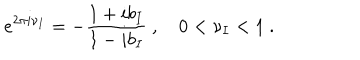
e ^ { 2 \pi i \nu _ { I } } = - \frac { 1 + i b _ { I } } { 1 - i b _ { I } } ~ , \quad 0 < \nu _ { I } < 1 ~ .